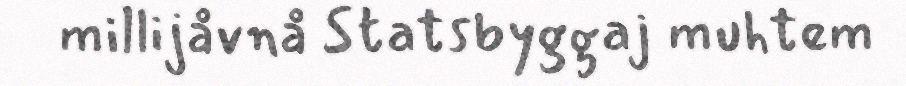
millijåvnå Statsbyggaj muhtem